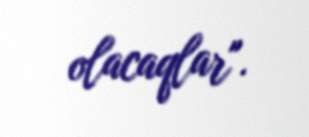
olacaqlar".